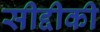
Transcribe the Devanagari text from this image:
सीद्दीकी